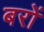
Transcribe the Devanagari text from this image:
बरों